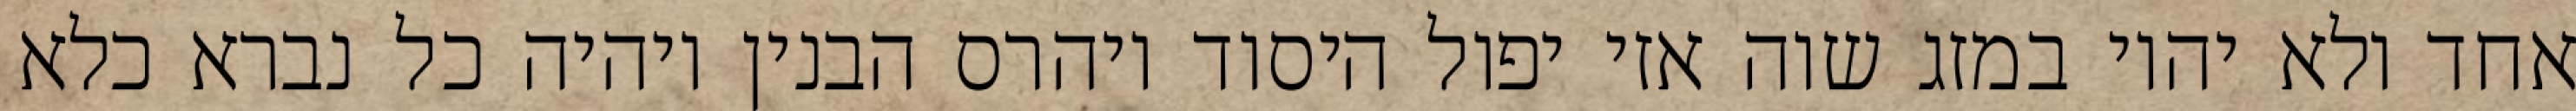
אחד ולא יהיו במזג שוה אזי יפול היסוד ויהרס הבנין ויהיה כל נברא כלא